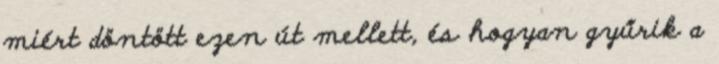
miért döntött ezen út mellett, és hogyan gyűrik a